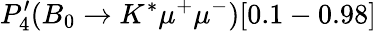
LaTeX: P_{4}^{\prime}(B_{0}\to K^{*}\mu^{+}\mu^{-})[0.1-0.98]